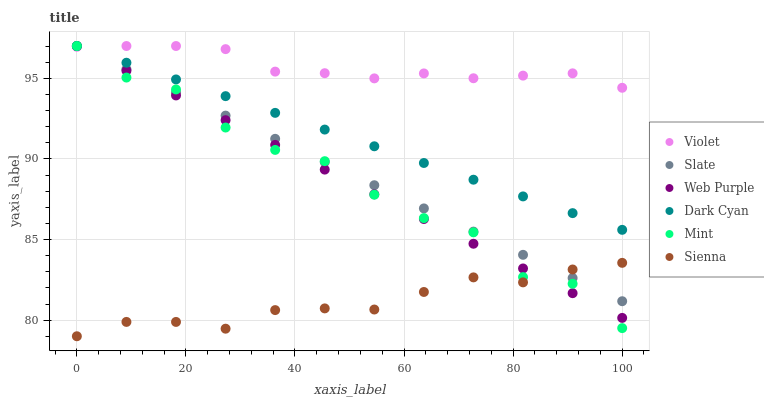
| xaxis_label | Violet | Slate | Web Purple | Dark Cyan | Mint | Sienna |
 | --- | --- | --- | --- | --- | --- | --- |
 | 0 | 97 | 97 | 97 | 97 | 97 | 79 |
 | 9.09 | 97 | 95.6 | 95.5 | 96 | 95 | 79.9 |
 | 18.2 | 97 | 94.1 | 93.9 | 94.9 | 94.3 | 79.9 |
 | 27.3 | 96.8 | 92.7 | 92.4 | 93.9 | 91.9 | 79.5 |
 | 36.4 | 95.4 | 91.2 | 90.9 | 92.9 | 90.6 | 80.6 |
 | 45.5 | 95.3 | 89.8 | 89.3 | 91.8 | 89.9 | 80.7 |
 | 54.5 | 95 | 88.4 | 87.8 | 90.8 | 87.8 | 80.7 |
 | 63.6 | 95.3 | 86.9 | 86.3 | 89.7 | 86.3 | 81.7 |
 | 72.7 | 95 | 85.5 | 84.7 | 88.7 | 85.4 | 82.7 |
 | 81.8 | 95.2 | 84.1 | 83.2 | 87.7 | 82.7 | 82.3 |
 | 90.9 | 95.3 | 82.6 | 81.7 | 86.6 | 82.3 | 83.1 |
 | 100 | 94.4 | 81.2 | 80.1 | 85.6 | 79.5 | 83.6 |